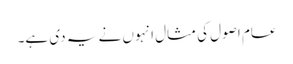
عام اصول کی مثال انہوں نے یہ دی ہے۔